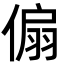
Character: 傓